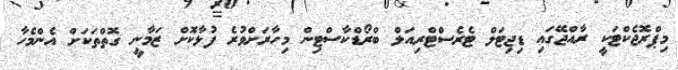
މިޕްރޮޖެކްޓަކީ ރާއްޖޭގައި ޑިޖިޓަލް ޓެރެސްޓްރިއަލް ބްރޯޑްކާސްޓިން މިހާރަށްވުރެ ފުޅާކޮށް ޒަމާނީ ގޮތްތަކަށް އެންމެހާ